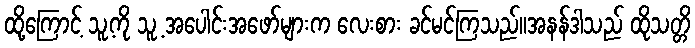
ထို့ကြောင့် သူ့ကို သူ့ အပေါင်းအဖော်များက လေးစား ခင်မင်ကြသည်။အနန်ဒါသည် ထိုသတ္တိ